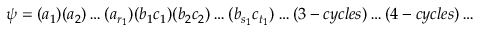
\psi = ( a _ { 1 } ) ( a _ { 2 } ) \dots ( a _ { r _ { 1 } } ) ( b _ { 1 } c _ { 1 } ) ( b _ { 2 } c _ { 2 } ) \dots ( b _ { s _ { 1 } } c _ { t _ { 1 } } ) \dots ( 3 - c y c l e s ) \dots ( 4 - c y c l e s ) \dots